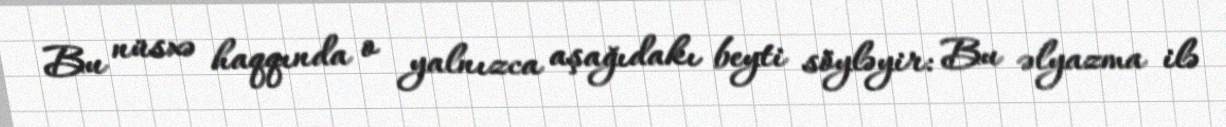
Bu nüsxə haqqında o yalnızca aşağıdakı beyti söyləyir: Bu əlyazma ilə